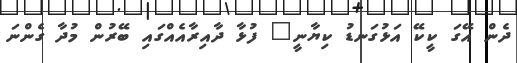
ދެން އޭގަ ކީކޭ އަޅުގަނޑު ކިޔާނީ" ފުޅާ ދާއިރާއެއްގައި ބޭރުން މުދާ ގެންނަ